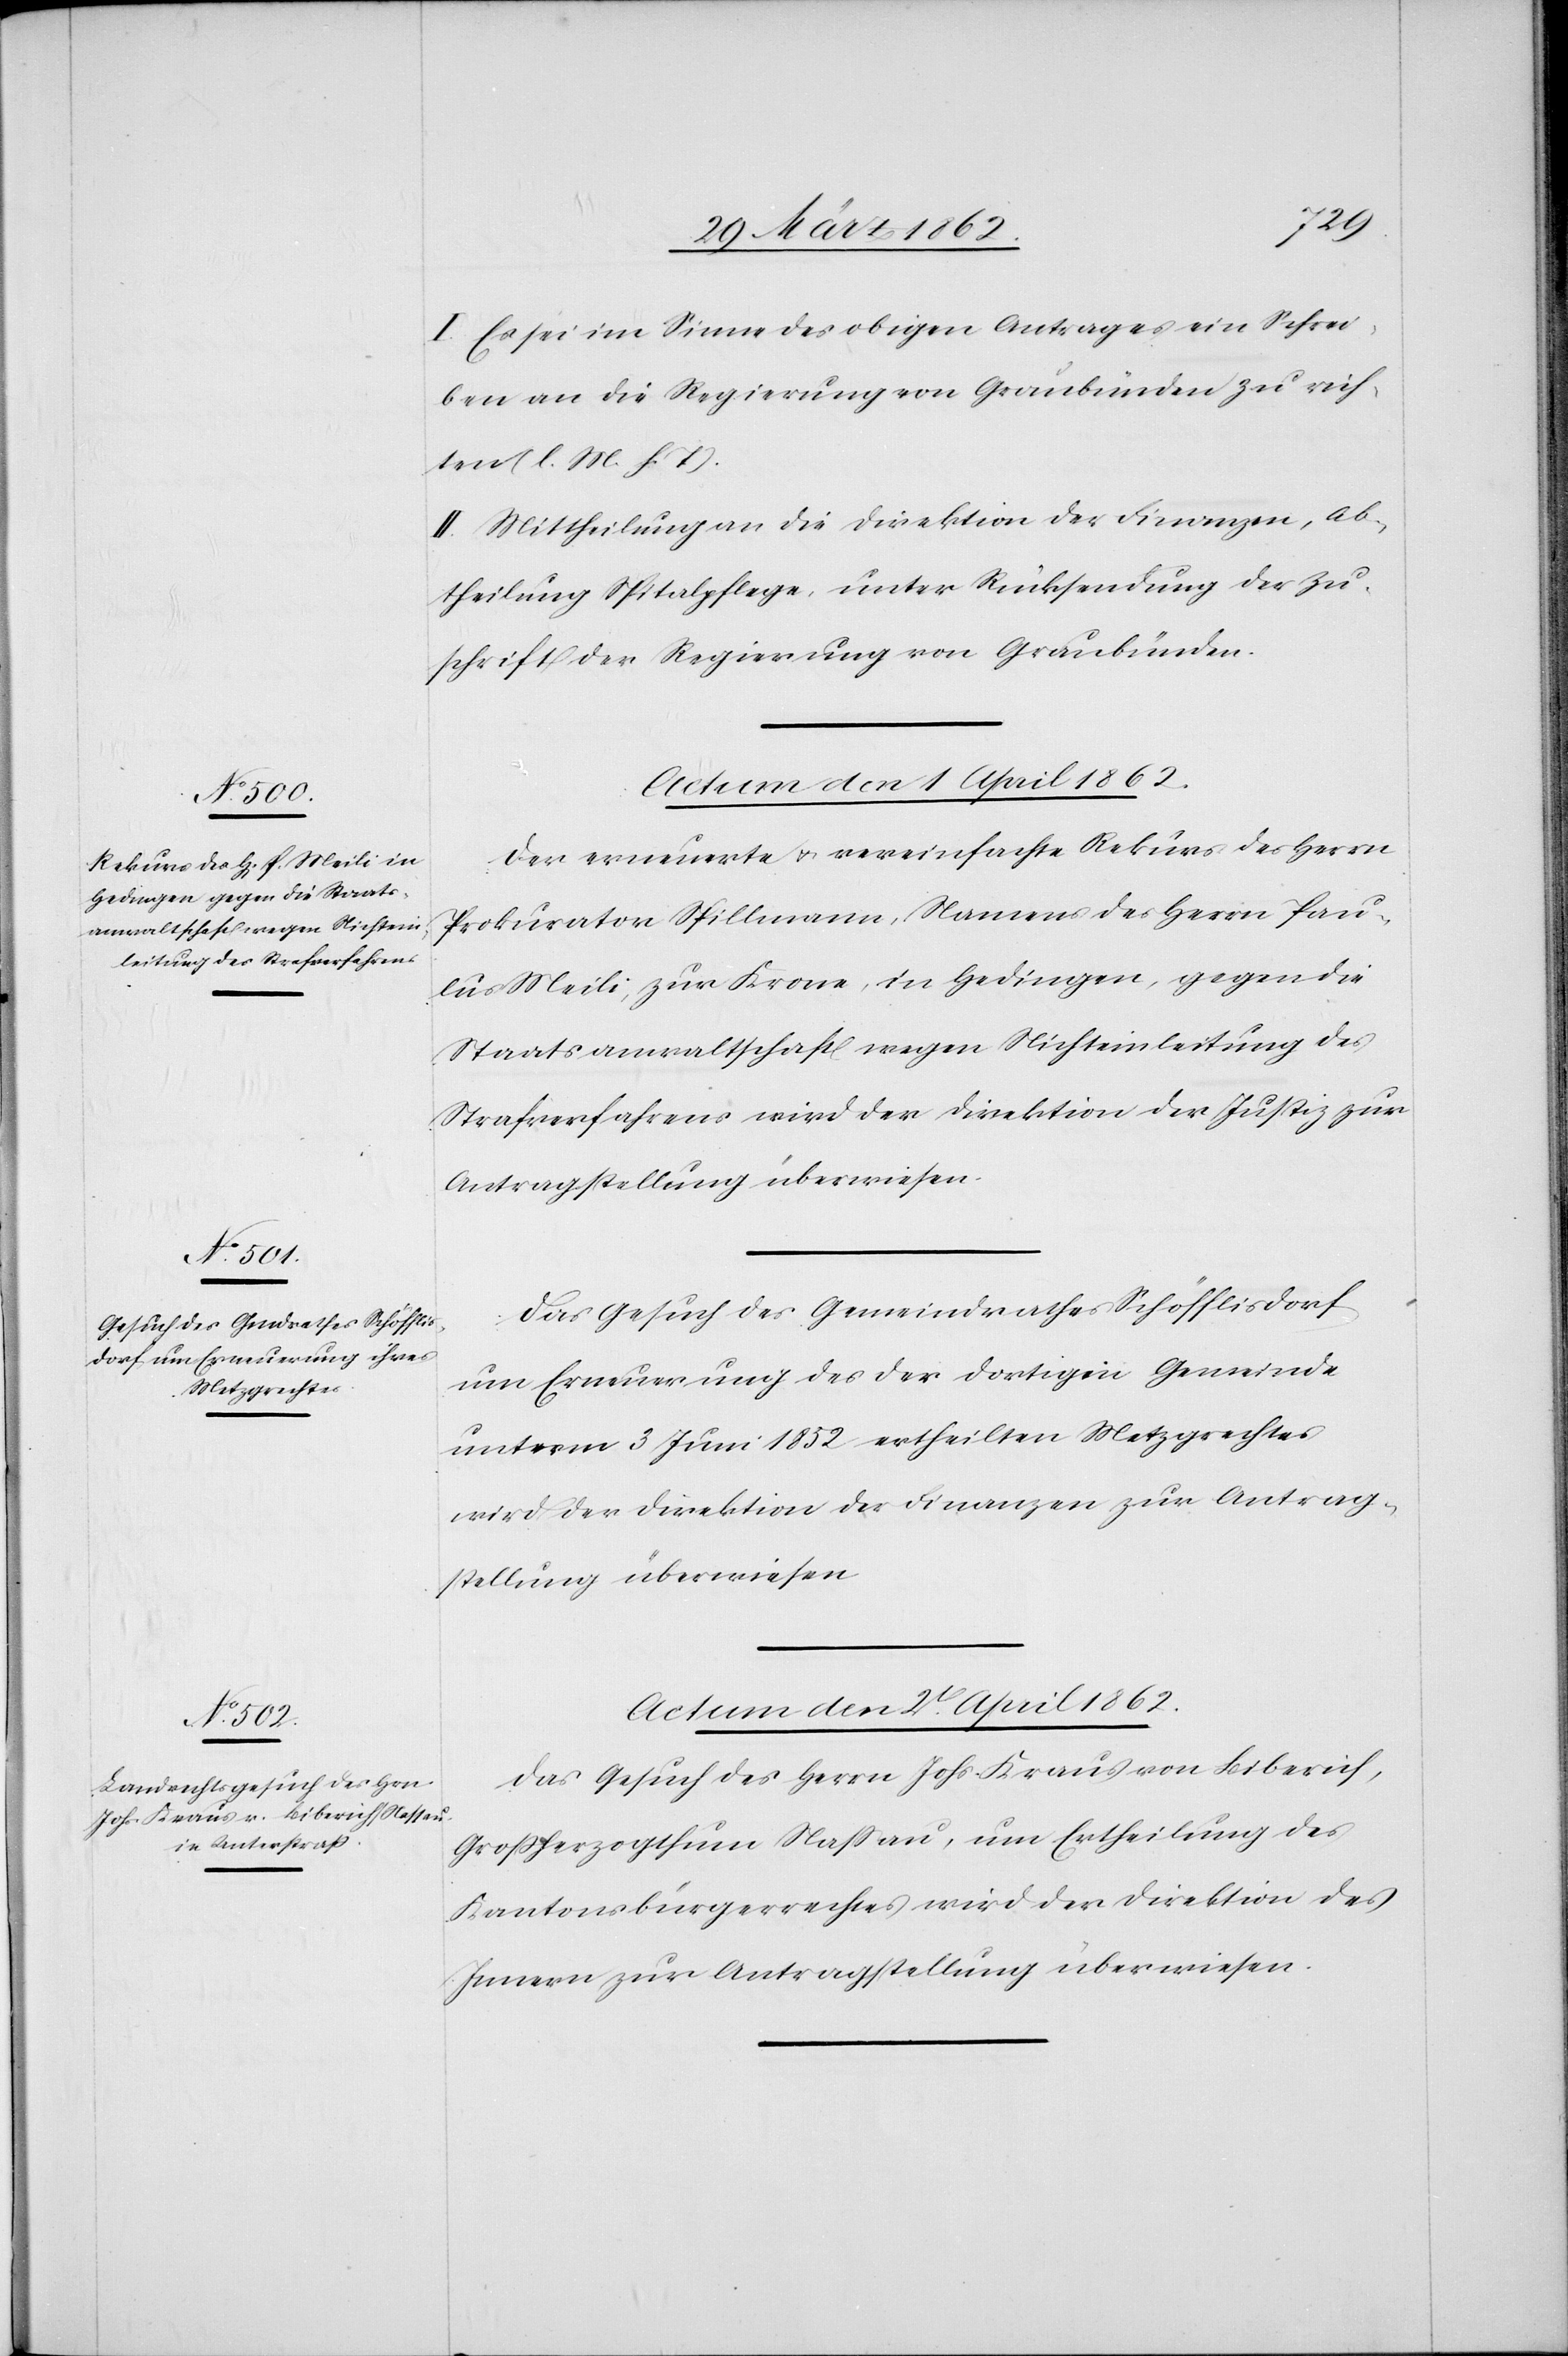
I. Es sei im Sinne des obigen Antrages ein Schrei¬
ben an die Regierung von Graubünden zu rich¬
ten (l. M. h. T).
II. Mittheilung an die Direktion der Finanzen, Ab¬
theilung Spitalpflege, unter Rücksendung der Zu¬
schrift der Regierung von Graubünden.
Der erneuerte u. vereinfachte Rekurs des Herrn
Prokurator Spillmann, Namens des Herrn Pau¬
lus Meili, zur Krone, in Hedingen, gegen die
Staatsanwaltschaft wegen Nichteinleitung des
Strafverfahrens wird der Direktion der Justiz zur
Antragstellung überwiesen.
Das Gesuch des Gemeindrathes Schöfflisdorf
um Erneuerung des der dortigen Gemeinde
unterm 3 Juli 1852 ertheilten Metzgrechtes
wird der Direktion der Finanzen zur Antrag¬
stellung überwiesen.
Actum den 2t. April 1862.
Das Gesuch des Herrn Johs. Kraus von Biberich,
Großherzogthum Naßau, um Ertheilung des
Kantonsbürgerrechtes wird der Direktion des
Innern zur Antragstellung überwiesen.